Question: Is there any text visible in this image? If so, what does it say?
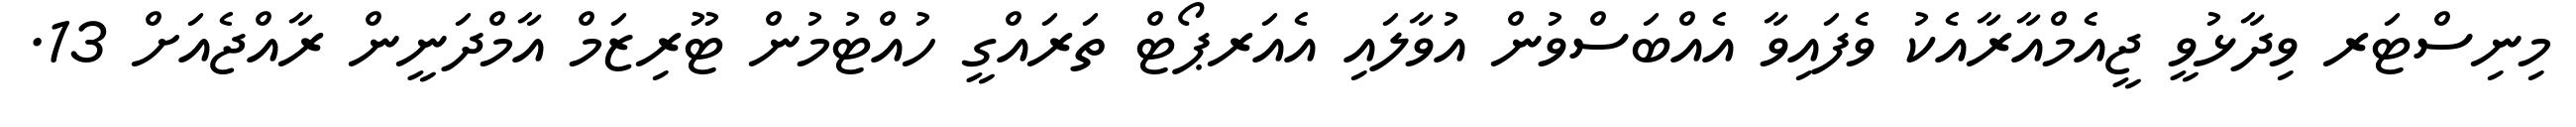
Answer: މިނިސްޓަރ ވިދާޅުވީ ޖީއެމްއާރާއެކު ވެފައިވާ އެއްބަސްވުން އުވާލައި އެއަރޕޯޓް ތަރައްގީ ހުއްޓުމުން ޓޫރިޒަމް އާމްދަނީން ރާއްޖެއަށް 13.